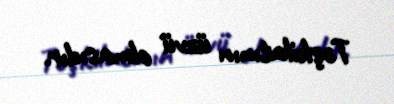
Təşkilatının üzvü olmasıdır.